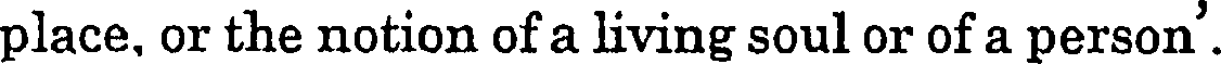
place, or the notion of a living soul or of a person'